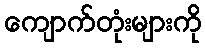
ကျောက်တုံးများကို